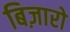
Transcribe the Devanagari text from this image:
बिज़ारो